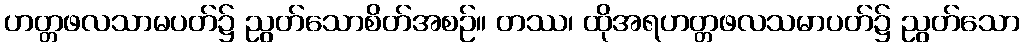
ဟတ္တဖလသာမပတ်၌ ညွတ်သောစိတ်အစဉ်။ တဿ၊ ထိုအရဟတ္တဖလသမာပတ်၌ ညွတ်သော